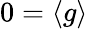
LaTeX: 0=\left\langle g\right\rangle